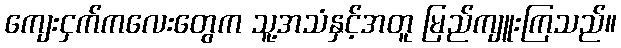
ကျေးငှက်ကလေးတွေက သူ့အသံနှင့်အတူ မြည်ကျူးကြသည်။